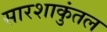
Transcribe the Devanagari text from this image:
सारशाकुंतल